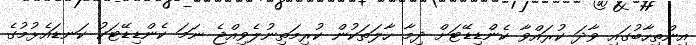
އިންތިހާބުގައި ވާދަ ކުރައްވާ ކެންޑިޑޭޓަށް ދިމާ ހާލަތަކުން ކުރިމަތިނުލެވިއްޖެ ނަމަ ކެންޑިޑޭޓަކު ކަނޑައެޅުމުގެ